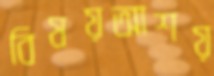
বিষয়আশয়